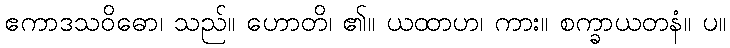
ဧကာဒသဝိဓော၊ သည်။ ဟောတိ၊ ၏။ ယထာဟ၊ ကား။ စက္ခာယတနံ။ ပ။